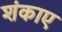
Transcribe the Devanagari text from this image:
शंकाए